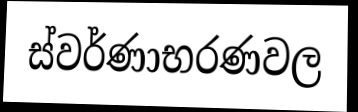
ස්වර්ණාභරණවල